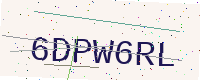
Text: 6DPW6RL